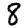
Digit: 8